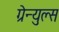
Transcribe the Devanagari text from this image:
ग्रेन्युल्स